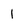
Character: 1